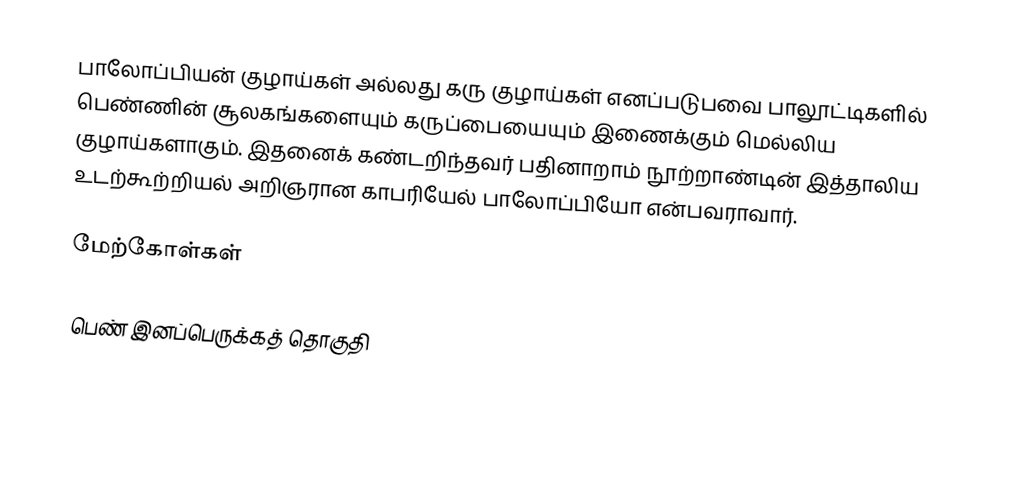
பாலோப்பியன் குழாய்கள் அல்லது கரு குழாய்கள் எனப்படுபவை பாலூட்டிகளில் பெண்ணின் சூலகங்களையும் கருப்பையையும் இணைக்கும் மெல்லிய குழாய்களாகும். இதனைக் கண்டறிந்தவர் பதினாறாம் நூற்றாண்டின் இத்தாலிய உடற்கூற்றியல் அறிஞரான காபரியேல் பாலோப்பியோ என்பவராவார்.

மேற்கோள்கள்

பெண் இனப்பெருக்கத் தொகுதி